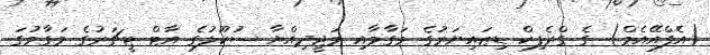
(އެފްއޭއެމް) ގެ ގްރެފިކް ޑިޒައިނަރުގެ މަގާމާއި މަޖީދިއްޔާ ސުކޫލުގެ އާޓް ޓީޗަރުގެ މަގާމުގަ